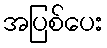
အပြစ်ပေး